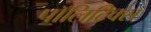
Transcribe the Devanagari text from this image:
पाॅलिटिक्स